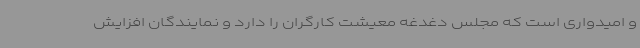
و امیدواری است که مجلس دغدغه معیشت کارگران را دارد و نمایندگان افزایش